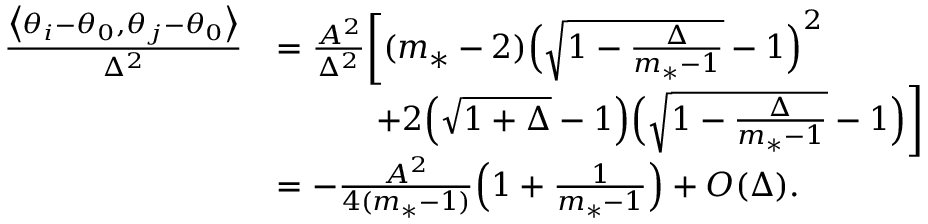
\begin{array} { r l } { \frac { \big \langle \theta _ { i } - \theta _ { 0 } , \theta _ { j } - \theta _ { 0 } \big \rangle } { \Delta ^ { 2 } } } & { = \frac { A ^ { 2 } } { \Delta ^ { 2 } } \bigg [ ( m _ { * } - 2 ) \Big ( \sqrt { 1 - \frac { \Delta } { m _ { * } - 1 } } - 1 \Big ) ^ { 2 } } \\ & { \quad \quad \quad + 2 \Big ( \sqrt { 1 + \Delta } - 1 \Big ) \Big ( \sqrt { 1 - \frac { \Delta } { m _ { * } - 1 } } - 1 \Big ) \bigg ] } \\ & { = - \frac { A ^ { 2 } } { 4 ( m _ { * } - 1 ) } \Big ( 1 + \frac { 1 } { m _ { * } - 1 } \Big ) + O ( \Delta ) . } \end{array}